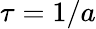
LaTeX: \tau=1/a